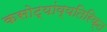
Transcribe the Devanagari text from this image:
कसोट्यांव्यतिरिक्त